Document type: Testament
Year: 1362
Scribe: Berenguer Vergós
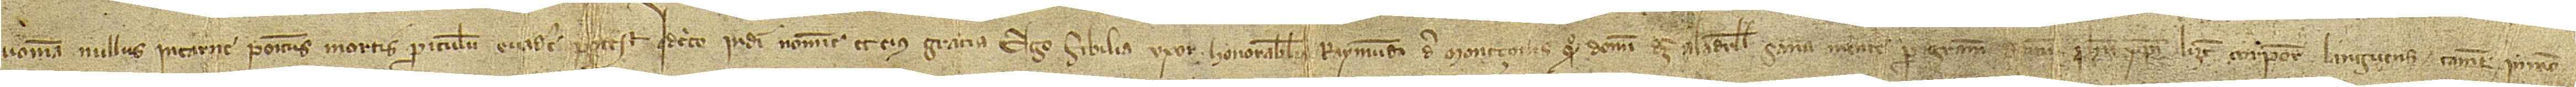
Quoniam nullus in carne positus mortis periculum evadere potest. Idcirco in Dei nomine et eius gratia. Ego Sibilia, uxor honorabilis Raymundi de Montçonis, quondam, domini dez Aladrell, sana mente per gratiam domini Ihesu Christi, licet corpore larguens, tamen in meo